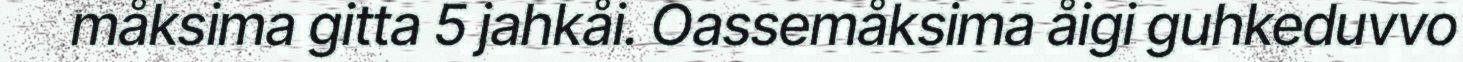
måksima gitta 5 jahkåi. Oassemåksima åigi guhkeduvvo